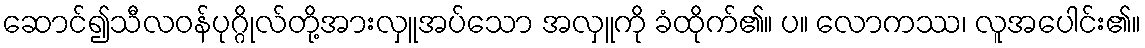
ဆောင်၍သီလဝန်ပုဂ္ဂိုလ်တို့အားလှူအပ်သော အလှူကို ခံထိုက်၏။ ပ။ လောကဿ၊ လူအပေါင်း၏။